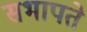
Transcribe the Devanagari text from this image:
सभापते